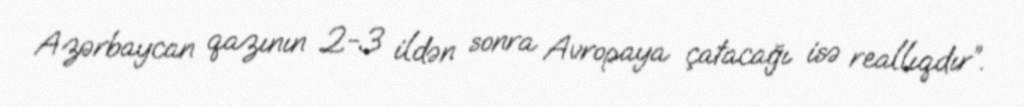
Azərbaycan qazının 2-3 ildən sonra Avropaya çatacağı isə reallıqdır”.